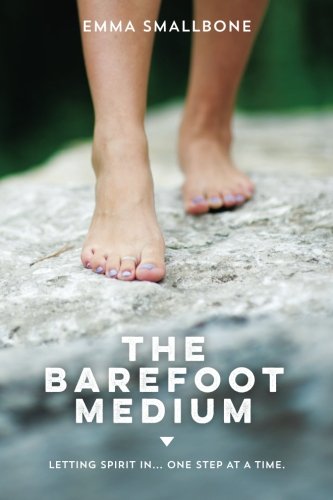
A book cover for The Barefoot Medium: Letting Spirit in......one step at a time; Emma Smallbone; Self-Help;